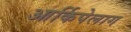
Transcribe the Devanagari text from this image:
आर्किपेलाग